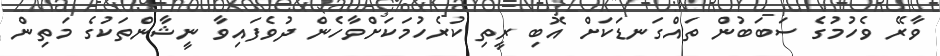
ވާރޭ ވެހުމުގެ ސަބަބުން ތައްގަނޑަކަށް އޮބި ރީތި ކުރެހުމަކަށްވާހެން ދުވެފައިވާ ނީޝާންތަކުގެ މަތިން